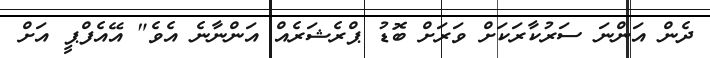
ދެން އަންނަ ސަރުކާރަކަށް ވަރަށް ބޮޑު ޕްރެޝަރެއް އަންނާނެ އެވެ" އޭއެފްޕީ އަށް